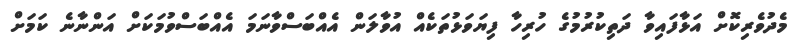
މެދުވެރިކޮށް އަޅާފައިވާ ދަތިކުރުމުގެ ހުރިހާ ފިޔަވަޅުތަކެއް އުވާލަން އެއްބަސްވާނަމަ އެއްބަސްވުމަކަށް އަންނާނެ ކަމަށް